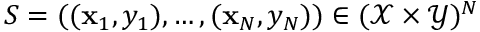
S = ( ( \mathbf { x } _ { 1 } , y _ { 1 } ) , \dots , ( \mathbf { x } _ { N } , y _ { N } ) ) \in ( \mathcal { X } \times \mathcal { Y } ) ^ { N }